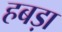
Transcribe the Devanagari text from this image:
हबड़ा